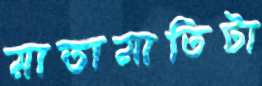
মাতামাতিটা